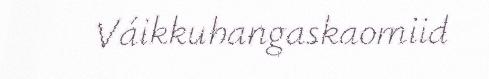
Váikkuhangaskaomiid